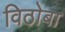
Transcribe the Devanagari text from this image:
विठाेबा